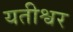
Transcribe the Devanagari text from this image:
यतीश्वर